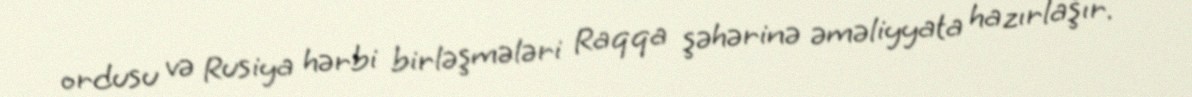
ordusu və Rusiya hərbi birləşmələri Raqqa şəhərinə əməliyyata hazırlaşır.